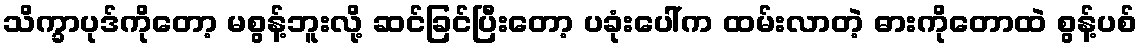
သိက္ခာပုဒ်ကိုတော့ မစွန့်ဘူးလို့ ဆင်ခြင်ပြီးတော့ ပခုံးပေါ်က ထမ်းလာတဲ့ ဓားကိုတောထဲ စွန့်ပစ်